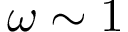
\omega \sim 1